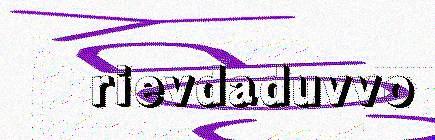
rievdaduvvo